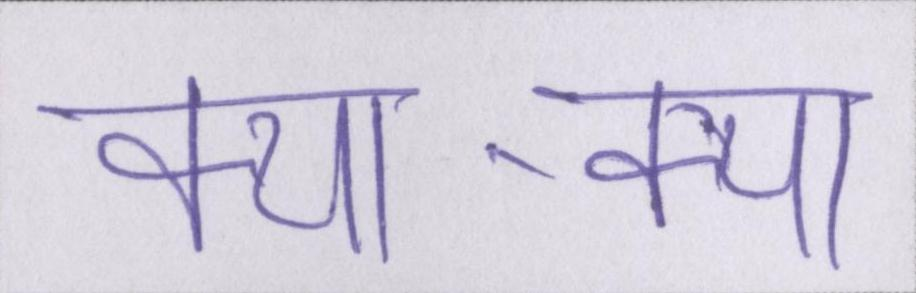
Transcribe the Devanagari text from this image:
क्या-क्या